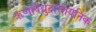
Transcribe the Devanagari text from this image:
ऋणविद्युद्रासायनिक